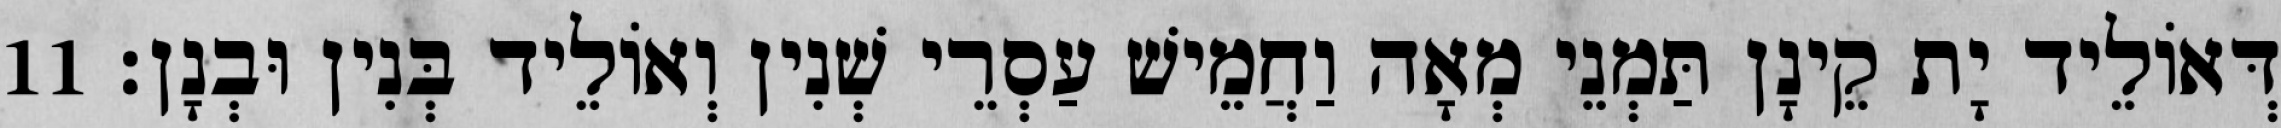
דְּאוֹלֵיד יָת קֵינָן תַּמְנֵי מְאָה וַחֲמֵישׁ עַסְרֵי שְׁנִין וְאוֹלֵיד בְּנִין וּבְנָן׃ 11